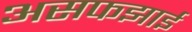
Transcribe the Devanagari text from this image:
असफझाई